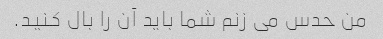
من حدس می زنم شما باید آن را بال کنید.